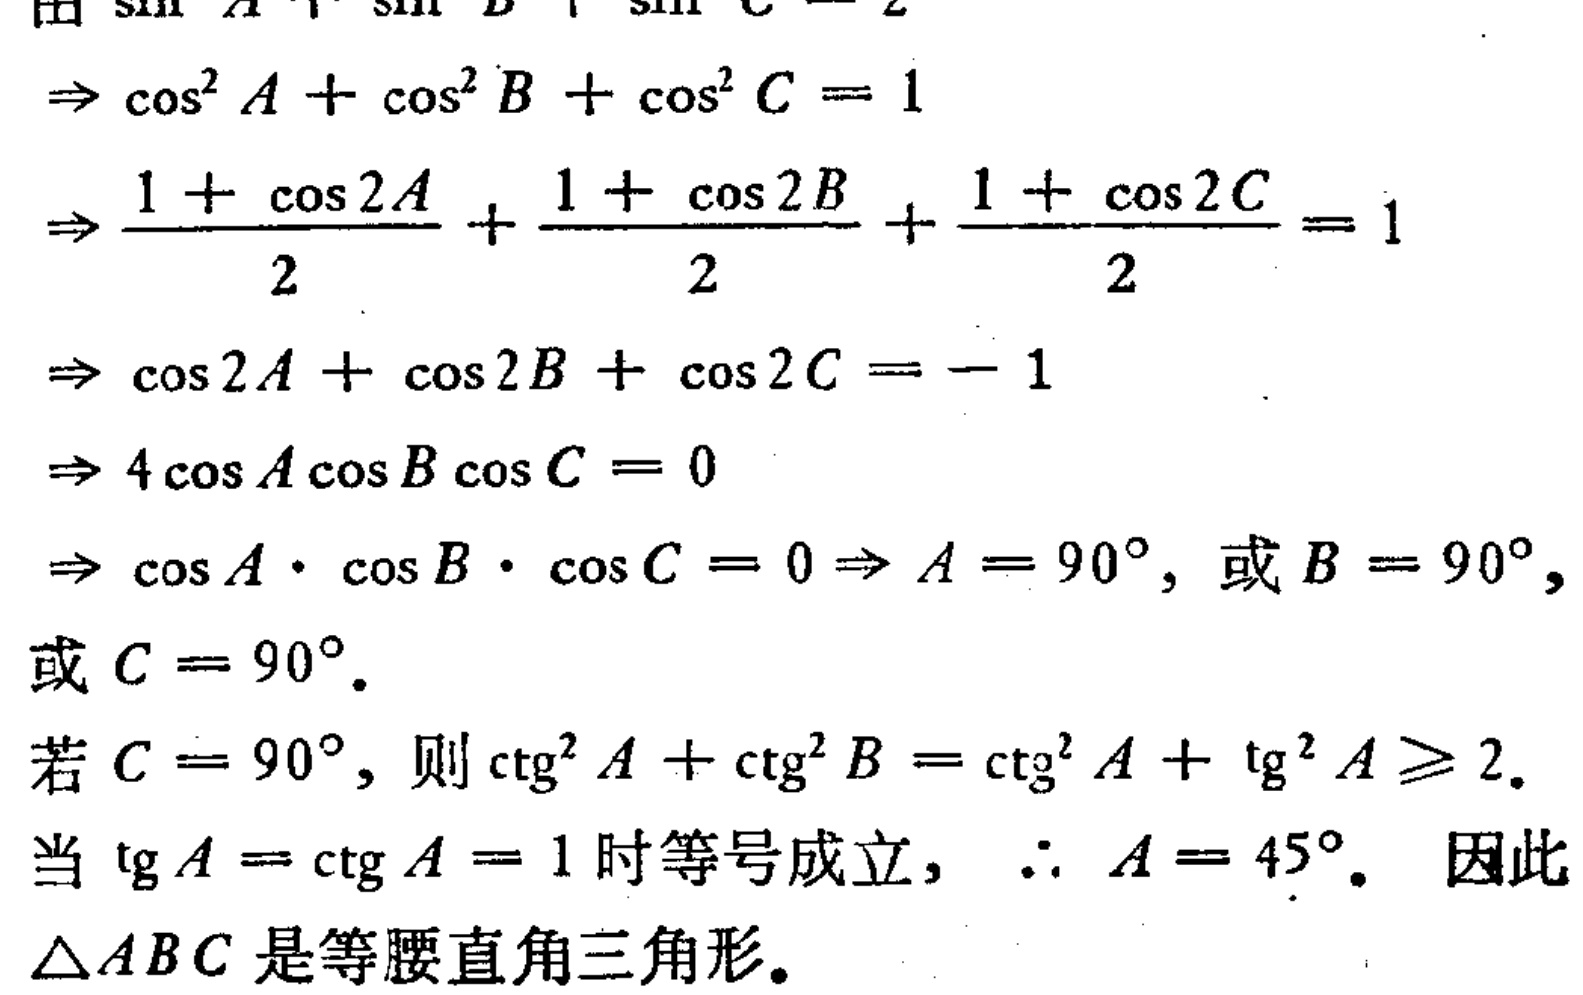
由\(\sin A+\sin B+\sin C = 2\)
\(\Rightarrow \cos^{2}A+\cos^{2}B+\cos^{2}C = 1\)
\(\Rightarrow \frac{1 + \cos 2A}{2}+\frac{1 + \cos 2B}{2}+\frac{1 + \cos 2C}{2}=1\)
\(\Rightarrow \cos 2A+\cos 2B+\cos 2C=-1\)
\(\Rightarrow 4\cos A\cos B\cos C = 0\)
\(\Rightarrow \cos A\cdot\cos B\cdot\cos C = 0\Rightarrow A = 90^{\circ},\text{ 或 }B = 90^{\circ},\)
\(\text{或 }C = 90^{\circ}.\)
若\(C = 90^{\circ}\)，则\(\text{ctg}^{2}A+\text{ctg}^{2}B=\text{ctg}^{2}A+\text{tg}^{2}A\geqslant 2.\)
当\(\text{tg}A=\text{ctg}A = 1\)时等号成立，\(\therefore A = 45^{\circ}\)。因此
\(\triangle ABC\)是等腰直角三角形。